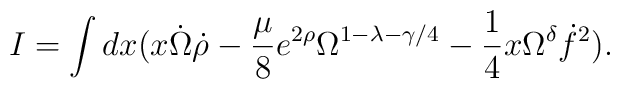
I = \int dx ( x \dot{\Omega} \dot{\rho}- \frac{\mu}{8} e^{2 \rho} \Omega^{1 - \lambda - \gamma /4}- \frac{1}{4} x \Omega^{\delta} \dot{f}^2 ) .